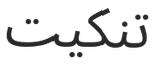
تنكيت